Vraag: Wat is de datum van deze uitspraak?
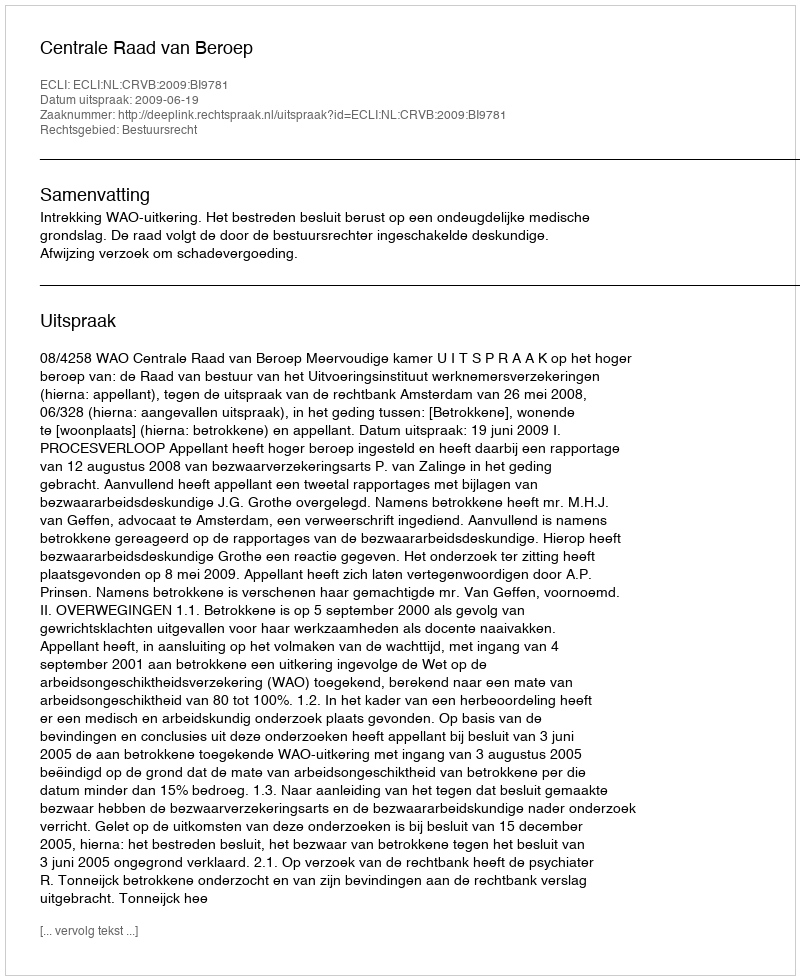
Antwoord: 2009-06-19